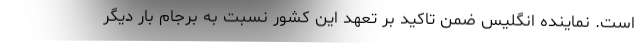
است. نماینده انگلیس ضمن تاکید بر تعهد این کشور نسبت به برجام بار دیگر